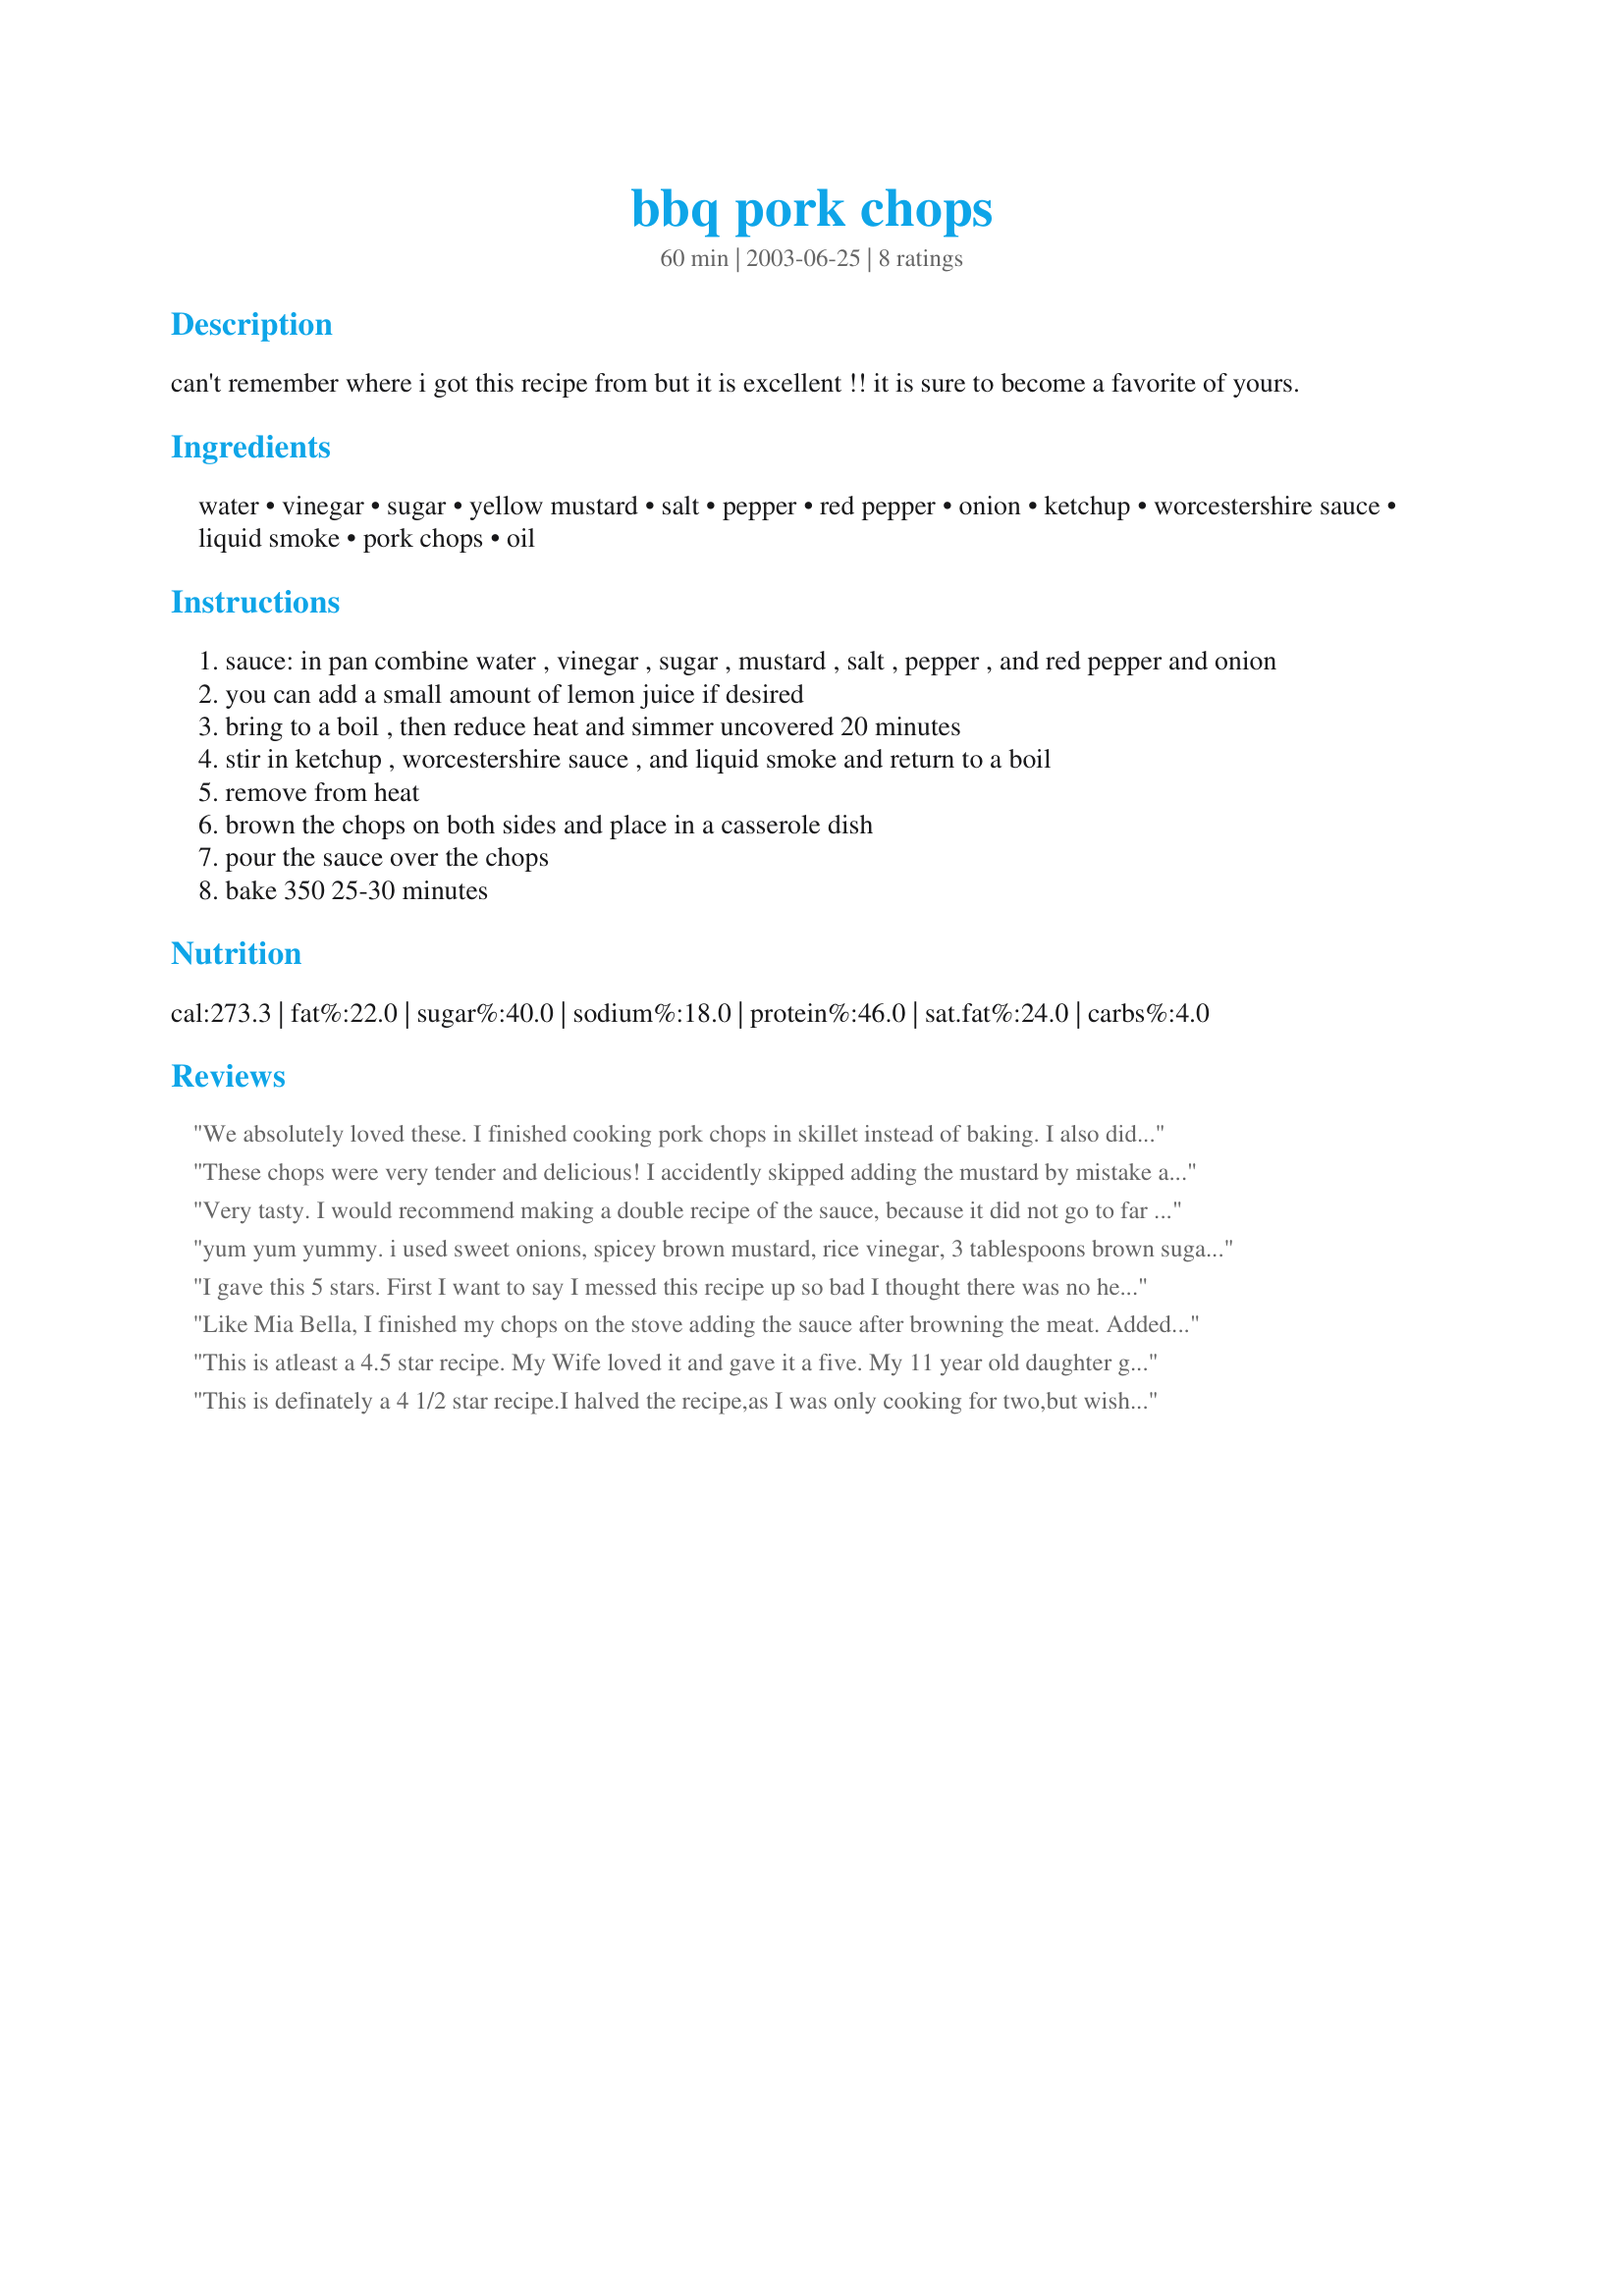
bbq pork chops
Preparation time: 60 minutes

can't remember where i got this recipe from but it is excellent !! it is sure to become a favorite of yours.

Ingredients:
water, vinegar, sugar, yellow mustard, salt, pepper, red pepper, onion, ketchup, worcestershire sauce, liquid smoke, pork chops, oil

Steps:
sauce: in pan combine water , vinegar , sugar , mustard , salt , pepper , and red pepper and onion
you can add a small amount of lemon juice if desired
bring to a boil , then reduce heat and simmer uncovered 20 minutes
stir in ketchup , worcestershire sauce , and liquid smoke and return to a boil
remove from heat
brown the chops on both sides and place in a casserole dish
pour the sauce over the chops
bake 350 25-30 minutes

Reviews:
We absolutely loved these. I finished cooking pork chops in skillet instead of baking. I also didn't add the red peppers or onions since kids won't eat them. Made a really nice sweet BBQ sauce. I'm sure it would be great with the onions and red peppers too. I would recommend doubling the sauce. Served with rice and fresh green beans. Thanks for an easy, great tasting recipe!
These chops were very tender and delicious! I accidently skipped adding the mustard by mistake and I used 1 packet of Splenda in place of the sugar. Other than that, I followed the directions exactly. Will definitley make these again! Thanks Shirl!
Very tasty. I would recommend making a double recipe of the sauce, because it did not go to far over my 4 thin chops. My family enjoyed it.
yum yum yummy. i used sweet onions, spicey brown mustard, rice vinegar, 3 tablespoons brown sugar, and no liquid smoke (don't have any) i replaced the liquid smoke amount plus a tiny bit with honey bbq sauce. i made 3 chops so when i make 6 chops in the future i will double the recipe since i like extra sauce. it was exactly what i was looking for. thanks
I gave this 5 stars. First I want to say I messed this recipe up so bad I thought there was no help for it. I used 1/2 cup of Worcestershire Sauce instead of 2 Tbl, I had only 1/4 cup ketchup, I forgot to fry my pork chops first. I used boneless chops as that's all I ever use, to save the recipe I added tomato sauce and tomato paste to the 1/4 cup ketchup until it looked like ketchup, I added 1/4 cup water, 3 Tbl brown sugar, 3 Tbl tomato paste to my boiling mixture until more thickend. The results my sister walked into my kitchen and said man something smells good. Well it tasted good to. I do plan to make this again the right way but it turned out yummy anyway! Thanks for posting a yummy recipe! Christine (internetnut)
Like Mia Bella, I finished my chops on the stove adding the sauce after browning the meat. Added 2 extra tablesppons of water to account for evaporation and let them simmer slow for 30 minutes. The chops were falling off the bone tender and just full of flavor. Speaking of flavor, the sauce is just awesome. I replace the white sugar with 1 tablespoon of brown sugar Splenda and otherwise made as directed. Just th right mix of tangy, spicy and sweet. Can't wait to make more to liven up some chicken breasts. Made this for Pick a Chef 2006. Thanks Mama Shirl.
This is atleast a 4.5 star recipe. My Wife loved it and gave it a five. My 11 year old daughter gave it a 4 and my 13 yr. old son a 4 as well. A bit tangy for them. I can't help but think internetnut may be on to something with adding the brown sugar?

Will make this again. 

Thanks
Tapout
This is definately a 4 1/2 star recipe.I halved the recipe,as I was only cooking for two,but wished that I hadn't! I used dark brown sugar in mine,as I think that it lends itself better to this kind of recipe than white.
The smell emanating from the kitchen brought my husband running to find out what was cooking.Not only did it smell great,it tasted great too.Thanks for a top recipe!
